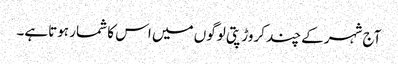
آج شہرکے چند کروڑپتی لوگوں میں اس کا شمار ہوتاہے۔